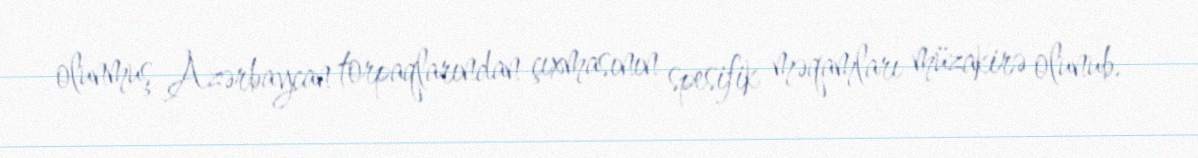
olunmuş Azərbaycan torpaqlarından çıxmasının spesifik məqamları müzakirə olunub.